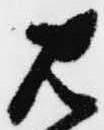
は